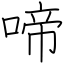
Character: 啼